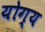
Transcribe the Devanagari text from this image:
योग्य